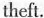
theft.